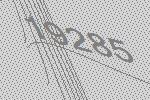
19285